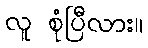
လူ စုံပြီလား။